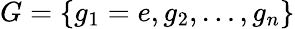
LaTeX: G=\{ g_{1}=e,g_{2},\dots,g_{n}\}